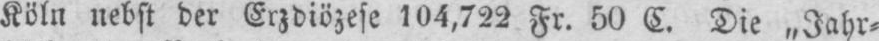
Köln nebst der Erzdiözese 104,722 Fr. 50 C. Die „Jahr⸗